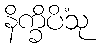
နိက္ခိပိံသု